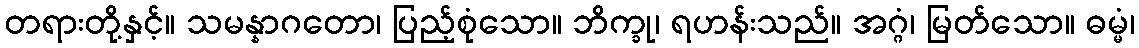
တရားတို့နှင့်။ သမန္နာဂတော၊ ပြည့်စုံသော။ ဘိက္ခု၊ ရဟန်းသည်။ အဂ္ဂံ၊ မြတ်သော။ ဓမ္မံ၊